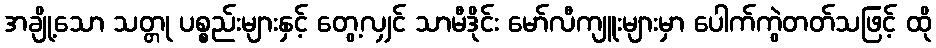
အချို့သော သတ္တု ပစ္စည်းများနှင့် တွေ့လျှင် သာမီဒိုင်း မော်လီကျူးများမှာ ပေါက်ကွဲတတ်သဖြင့် ထို